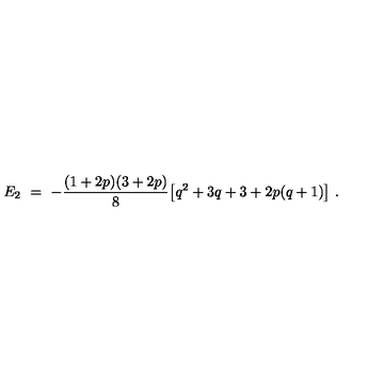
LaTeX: E _ { 2 } \ = \ - \frac { ( 1 + 2 p ) ( 3 + 2 p ) } { 8 } \big [ q ^ { 2 } + 3 q + 3 + 2 p ( q + 1 ) \big ] \ .